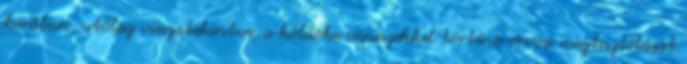
korában, utólag visszatekintve, a köldöke csipeszekkel történõ orvosi megtisztítását